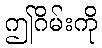
ဤဂိမ်းကို